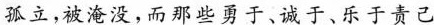
孤立，被淹没，而那些勇于、诚于、乐于责己